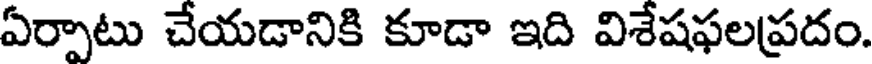
ఏర్పాటు చేయడానికి కూడా ఇది విశేషఫలప్రదం.